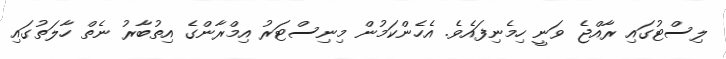
ލިސްޓުގައި ރާއްޖެ ވަނީ ހިމެނިފައެވެ. އެހެންކަމުން މިނިސްޓަރު އިމްރާންގެ އިތުބާރު ނެތް ހާލަތުގައި